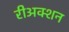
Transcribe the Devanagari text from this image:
रीअक्शन